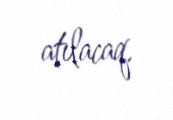
atılacaq.